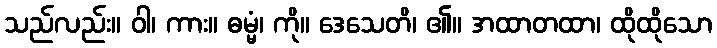
သည်လည်း။ ဝါ၊ ကား။ ဓမ္မံ၊ ကို။ ဒေသေတိ၊ ၏။ အထာတထာ၊ ထိုထိုသော